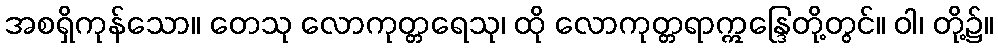
အစရှိကုန်သော။ တေသု လောကုတ္တရေသု၊ ထို လောကုတ္တရာဣန္ဒြေတို့တွင်။ ဝါ၊ တို့၌။